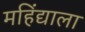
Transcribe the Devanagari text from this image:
महिंद्याला